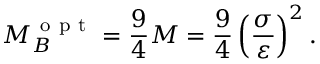
M _ { B } ^ { \mathrm { ~ o ~ p ~ t ~ } } = \frac { 9 } { 4 } M = \frac { 9 } { 4 } \left( \frac { \sigma } { \varepsilon } \right) ^ { 2 } .